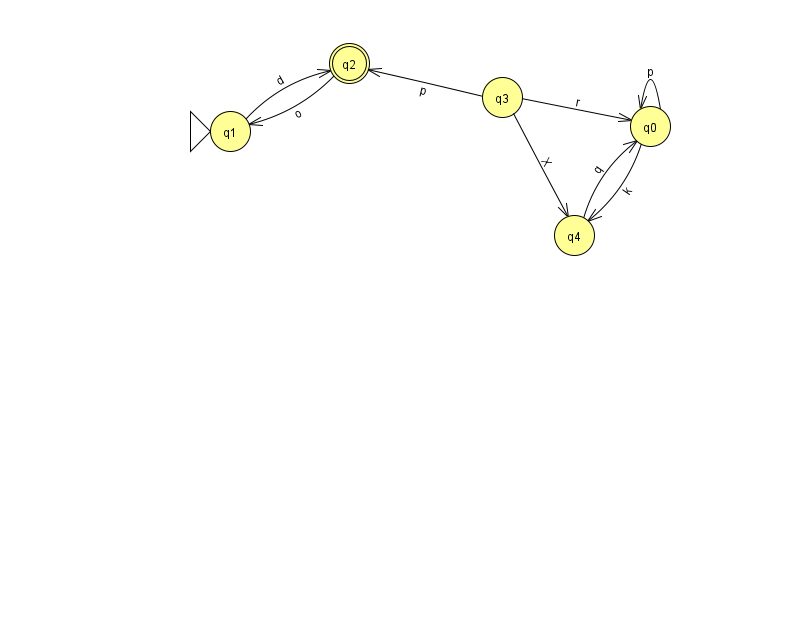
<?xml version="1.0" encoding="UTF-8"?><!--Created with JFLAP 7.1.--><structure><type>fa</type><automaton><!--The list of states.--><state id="0" name="q0"><x>650.0</x><y>113.0</y></state><state id="1" name="q1"><x>230.0</x><y>118.0</y><initial/></state><state id="2" name="q2"><x>349.0</x><y>50.0</y><final/></state><state id="3" name="q3"><x>502.0</x><y>84.0</y></state><state id="4" name="q4"><x>574.0</x><y>222.0</y></state><!--The list of transitions.--><transition><from>0</from><to>0</to><read>p</read></transition><transition><from>1</from><to>2</to><read>d</read></transition><transition><from>3</from><to>4</to><read>X</read></transition><transition><from>3</from><to>2</to><read>p</read></transition><transition><from>3</from><to>0</to><read>r</read></transition><transition><from>0</from><to>4</to><read>k</read></transition><transition><from>2</from><to>1</to><read>o</read></transition><transition><from>4</from><to>0</to><read>q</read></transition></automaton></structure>